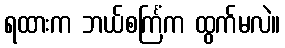
ရထားက ဘယ်စင်္ကြံက ထွက်မလဲ။